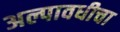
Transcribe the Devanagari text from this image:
अल्पावधीचा